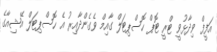
އަފީފް ވިދާޅުވީ ޓްރީ ޓޮޕް ހޮސްޕިޓަލް ގާއިމް ވެގެންދާއިރު އެ ހޮސްޕިޓަލް އޭޝިއާގެ